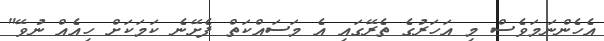
އެހެންނަމަވެސް މި އަހަރުގެ ތެރޭގައި އެ މަސައްކަތް ފެށޭނެ ކަމަކަށް ހިއެއް ނުވޭ"